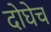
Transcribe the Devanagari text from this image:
दोघेच